Vaccination in Bombay 1902-1912 - 1902-1912
Year: 1902
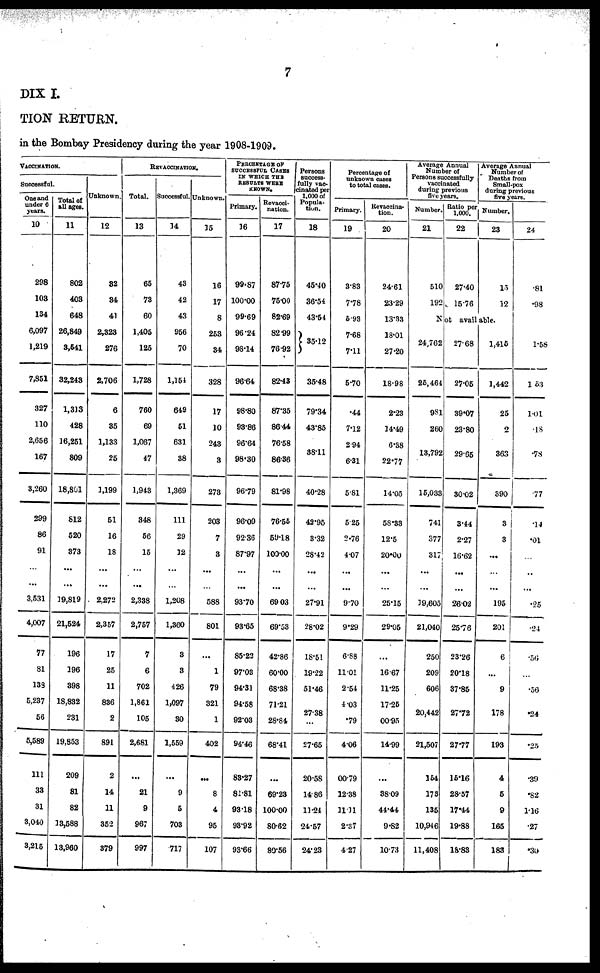
7
DIX I.
TION RETURN.
in the Bombay Presidency during the year 1908-1909.
VACCINATION.
Successful.
One and
under 6
years.
10
298
103
134
6,097
1,219
7,851
327
110
2,656
167
3,260
299
86
91
...
...
3,531
4,007
77
81
139
5,237
56
5,589
111
33
31
3,040
3,215
Total of
all ages.
11
802
403
648
26,849
3,541
32,243
1,313
428
16,251
809
18,801
812
520
373
...
...
19,819
21,524
196
196
398
18,832
231
19,853
209
81
82
13,588
13,960
Unknown.
12
82
34
41
2,323
276
2,706
6
35
1,133
25
1,199
51
16
18
...
...
2,272
2,357
17
25
11
836
2
891
2
14
11
352
379
REVACCINATION.
Total.
13
65
73
60
1,405
125
1,728
760
69
1,067
47
1,943
348
56
15
...
...
2,338
2,757
7
6
702
1,861
105
2,681
...
21
9
967
997
Successful.
14
43
42
43
956
70
1,154
649
51
631
38
1,369
111
29
12
...
...
1,208
1,360
3
3
426
1,097
30
1,559
...
9
5
703
717
Unknown.
15
16
17
8
253
34
328
17
10
243
3
273
203
7
3
...
...
588
801
...
1
79
321
1
402
...
8
4
95
107
PERCENTAGE OF
SUCCESSFUL CASES
IN WHICH THE
RESULTS WERE
KNOWN.
Primary.
16
99.87
100.00
99.69
96.24
98.14
96.64
98.80
93.86
96.64
98.30
96.79
96.09
92.36
87.97
...
...
93.70
93.65
85.22
97.03
94.31
94.58
92.03
94.46
83.27
81.81
93.18
93.92
93.66
Revacci-
nation.
17
87.75
75.00
82.69
82.99
76.92
82.43
87.35
86.44
76.58
86.36
81.98
76.55
59.18
100.00
...
...
69.03
69.53
42.86
60.00
68.38
71.21
28.84
68.41
...
69.23
100.00
80.62
80.56
Persons
success-
fully vac-
cinated per
1,000 of
Popula-
tion.
18
45.40
36.54
43.54
35.12
35.48
79.34
43.85
38.11
40.28
42.95
3.32
28.42
...
...
27.91
28.02
18.51
19.22
51.46
27.38
27.65
20.58
14.86
11.24
24.57
24.23
Percentage of
unknown cases
to total cases.
Primary.
19
3.83
7.78
5.93
7.68
7.11
5.70
.44
7.12
2.94
6.31
5.81
5.25
2.76
4.07
...
...
9.70
9.29
6.88
11.01
2.54
4.03
.79
4.06
00.79
12.38
11.11
2.37
4.27
Revaccina-
tion.
20
24.61
23.29
13.33
18.01
27.20
18.98
2.23
14.49
6.38
22.77
14.05
58.33
12.5
20.00
...
...
25.15
29.05
...
16.67
11.25
17.25
00.95
14.99
...
38.09
44.44
9.82
10.73
Average Annual
Number of
Persons successfully
vaccinated
during previous
five years.
Number.
21
510
192
Ratio per
1,000.
22
27.40
15.76
Average Annual
Number of
Deaths from
Small-pox
during previous
Number.
23
15
12
Not available.
24,762
25,464
981
260
13,792
15,033
741
377
317
...
...
19,605
21,040
250
209
606
20,442
21,507
154
173
135
10,946
11,408
27.68
27.05
39.07
23.80
29.65
30.02
3.44
2.27
16.62
...
...
26.02
25.76
23.26
20.18
37.85
27.72
27.77
15.16
28.57
17.44
19.88
18.83
1,415
1,442
25
2
363
390
3
3
...
...
...
195
201
6
...
9
178
193
4
5
9
165
183
24
.81
.98
1.58
1.53
1.01
.18
.78
.77
.14
.01
...
...
...
.25
.24
.56
...
.56
.24
.25
.39
.82
1.16
.27
.30